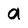
Character: a